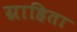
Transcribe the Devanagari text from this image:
ग्राहिता